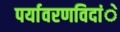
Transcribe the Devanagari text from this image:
पर्यावरणविदांे